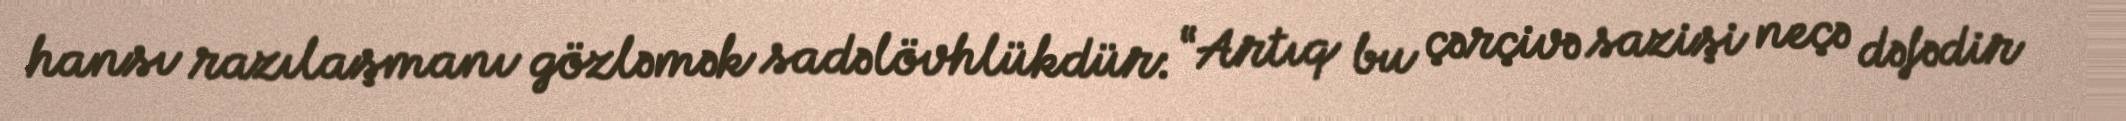
hansı razılaşmanı gözləmək sadəlövhlükdür: “Artıq bu çərçivə sazişi neçə dəfədir